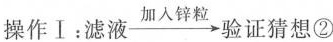
操作Ⅰ：滤液\xrightarrow{加入锌粒}验证猜想②